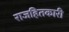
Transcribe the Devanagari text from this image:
राजहितकारी